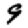
Digit: 9